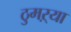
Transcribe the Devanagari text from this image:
ठुमऱ्या